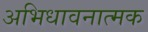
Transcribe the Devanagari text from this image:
अभिधावनात्मक